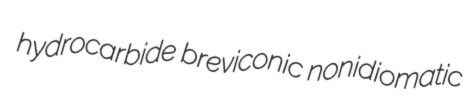
hydrocarbide breviconic nonidiomatic